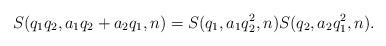
LaTeX: \begin{align*}S(q_1q_2,a_1q_2+a_2q_1,n)=S(q_1,a_1q_2^2,n)S(q_2,a_2q_1^2,n).\end{align*}